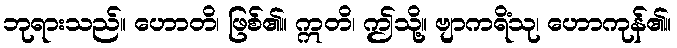
ဘုရားသည်။ ဟောတိ၊ ဖြစ်၏။ ဣတိ၊ ဤသို့။ ဗျာကရိံသု၊ ဟောကုန်၏။